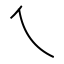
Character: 乀